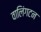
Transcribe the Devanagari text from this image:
वालिंगटन